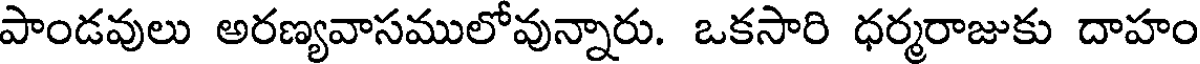
పాండవులు అరణ్యవాసములోవున్నారు. ఒకసారి ధర్మరాజుకు దాహం